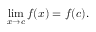
\operatorname* { l i m } _ { x \to c } f ( x ) = f ( c ) .